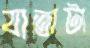
যাত্রাটা